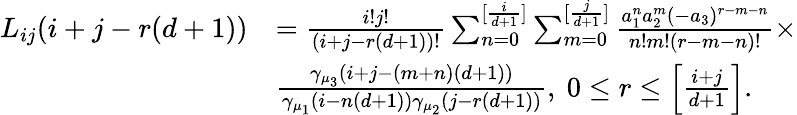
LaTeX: \begin{array}{rl}{L_{ij}(i+j-r(d+1))}&{=\frac{i!j!}{(i+j-r(d+1))!}\sum_{n=0}^{[\frac{i}{d+1}]}\sum_{m=0}^{[\frac{j}{d+1}]}\frac{a_{1}^{n}a_{2}^{m}(-a_{3})^{r-m-n}}{n!m!(r-m-n)!}\times}\\ &{\frac{\gamma_{\mu_{3}}(i+j-(m+n)(d+1))}{\gamma_{\mu_{1}}(i-n(d+1))\gamma_{\mu_{2}}(j-r(d+1))},\ 0\leq r\leq\Bigl[\frac{i+j}{d+1}\Bigr].}\end{array}